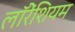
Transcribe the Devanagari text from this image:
लॉरेंशियम